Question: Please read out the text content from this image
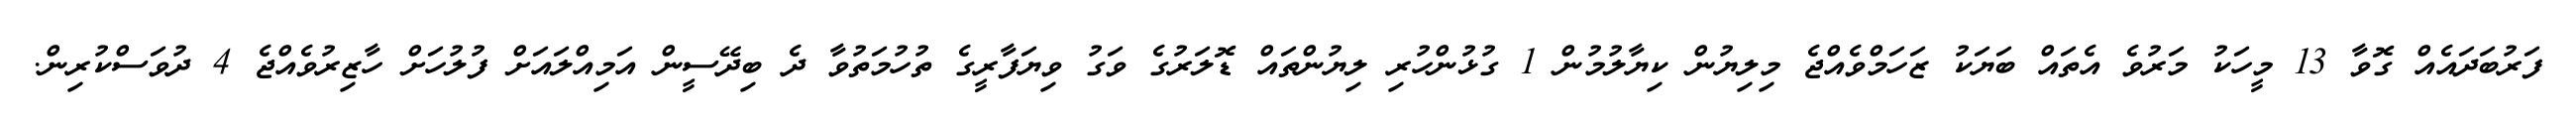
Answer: ފަރުބަދައެއް ގޮވާ 13 މީހަކު މަރުވެ އެތައް ބަޔަކު ޒަހަމްވެއްޖެ މިލިޔުން ކިޔާލުމުން 1 ގުޅުންހުރި ލިޔުންތައް ޑޮލަރުގެ ވަގު ވިޔަފާރީގެ ތުހުމަތުވާ ދެ ބިދޭސީން އަމިއްލައަށް ފުލުހަށް ހާޒިރުވެއްޖެ 4 ދުވަސްކުރިން.